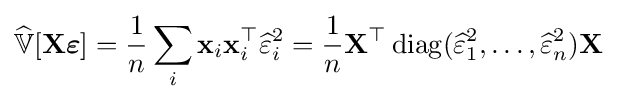
{\widehat {\mathbb {V} }}[\mathbf {X} {\boldsymbol {\varepsilon }}]={\frac {1}{n}}\sum _{i}\mathbf {x} _{i}\mathbf {x} _{i}^{\top }{\widehat {\varepsilon }}_{i}^{2}={\frac {1}{n}}\mathbf {X} ^{\top }\operatorname {diag} ({\widehat {\varepsilon }}_{1}^{2},\ldots ,{\widehat {\varepsilon }}_{n}^{2})\mathbf {X}